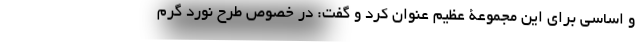
و اساسی برای این مجموعۀ عظیم عنوان کرد و گفت: در خصوص طرح نورد گرم